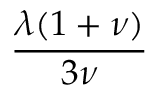
\frac { \lambda ( 1 + \nu ) } { 3 \nu }